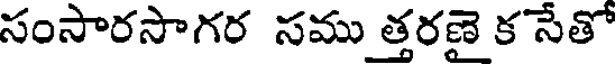
సంసారసాగర సము త్తరణై క సేతో